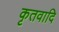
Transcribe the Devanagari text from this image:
कृतवादि